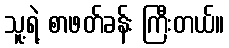
သူ့ရဲ့ စာဖတ်ခန်း ကြီးတယ်။